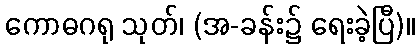
ကောဓဂရု သုတ်၊ (အ-ခန်း၌ ရေးခဲ့ပြီ)။